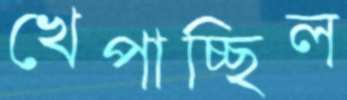
খেপাচ্ছিল